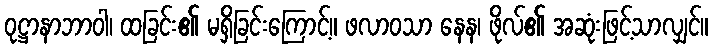
ဝုဋ္ဌာနာဘာဝါ၊ ထခြင်း၏ မရှိခြင်းကြောင့်။ ဖလာဝသာ နေန၊ ဖိုလ်၏ အဆုံးဖြင့်သာလျှင်။